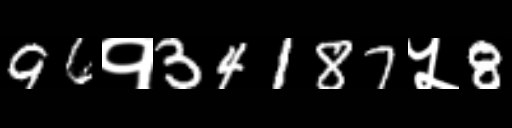
Text: 96१34187५8